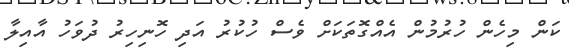
ކަން މިހެން ހުރުމުން އެއްގޮތަކަށް ވެސް ހުކުރު އަދި ހޮނިހިރު ދުވަހު އާއިލާ